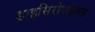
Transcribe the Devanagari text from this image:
डाइसिरोराइनस